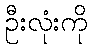
ဦးလုံးကို